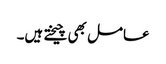
عامل بھی چیختے ہیں۔